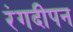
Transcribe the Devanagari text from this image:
रंगदीपन